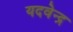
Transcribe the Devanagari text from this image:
यदवेन्द्र